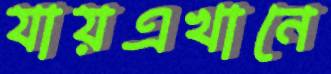
যায়এখানে